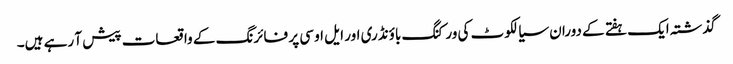
گذشتہ ایک ہفتے کے دوران سیالکوٹ کی ورکنگ باؤنڈری اور ایل او سی پر فائرنگ کے واقعات پیش آ رہے ہیں۔